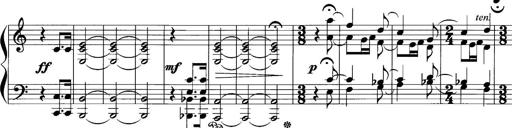
Title: Sonatina No.1
Composer: Otto Stoll
Key: C major